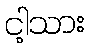
ငါ့သား